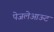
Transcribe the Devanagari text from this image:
पेजलेआऊट